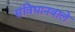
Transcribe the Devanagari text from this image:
संविधानवाले